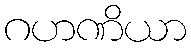
ဂဟဏိယာ